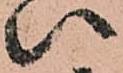
八